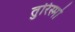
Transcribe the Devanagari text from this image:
तुरिस्मो